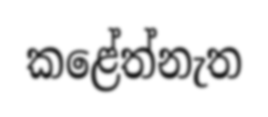
කළේත්නැත